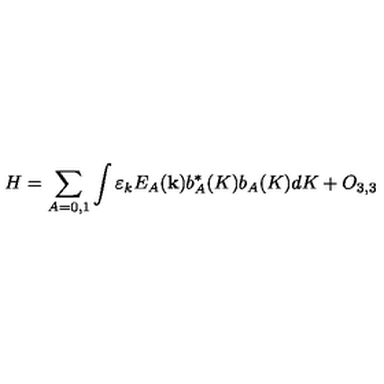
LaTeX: H = \sum _ { A = 0 , 1 } ^ { { } } \int \varepsilon _ { k } E _ { A } ( { \bf k } ) b _ { A } ^ { \ast } ( K ) b _ { A } ( K ) d K + O _ { 3 , 3 }